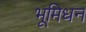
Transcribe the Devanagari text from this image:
भूमिधन